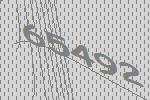
65492